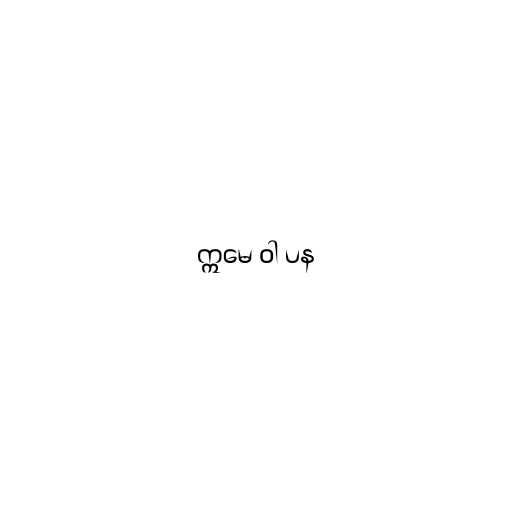
ဣမေ ဝါ ပန